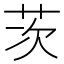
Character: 茨